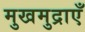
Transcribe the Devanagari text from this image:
मुखमुद्राएँ